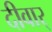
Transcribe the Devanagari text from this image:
दीवार्